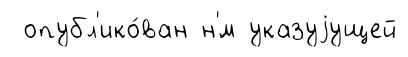
опубл'ико́ван н'́м указуjущей